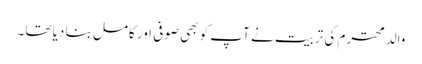
والد محترم کی تربیت نے آپ کو بھی صوفی اور کامل بنا دیا تھا۔